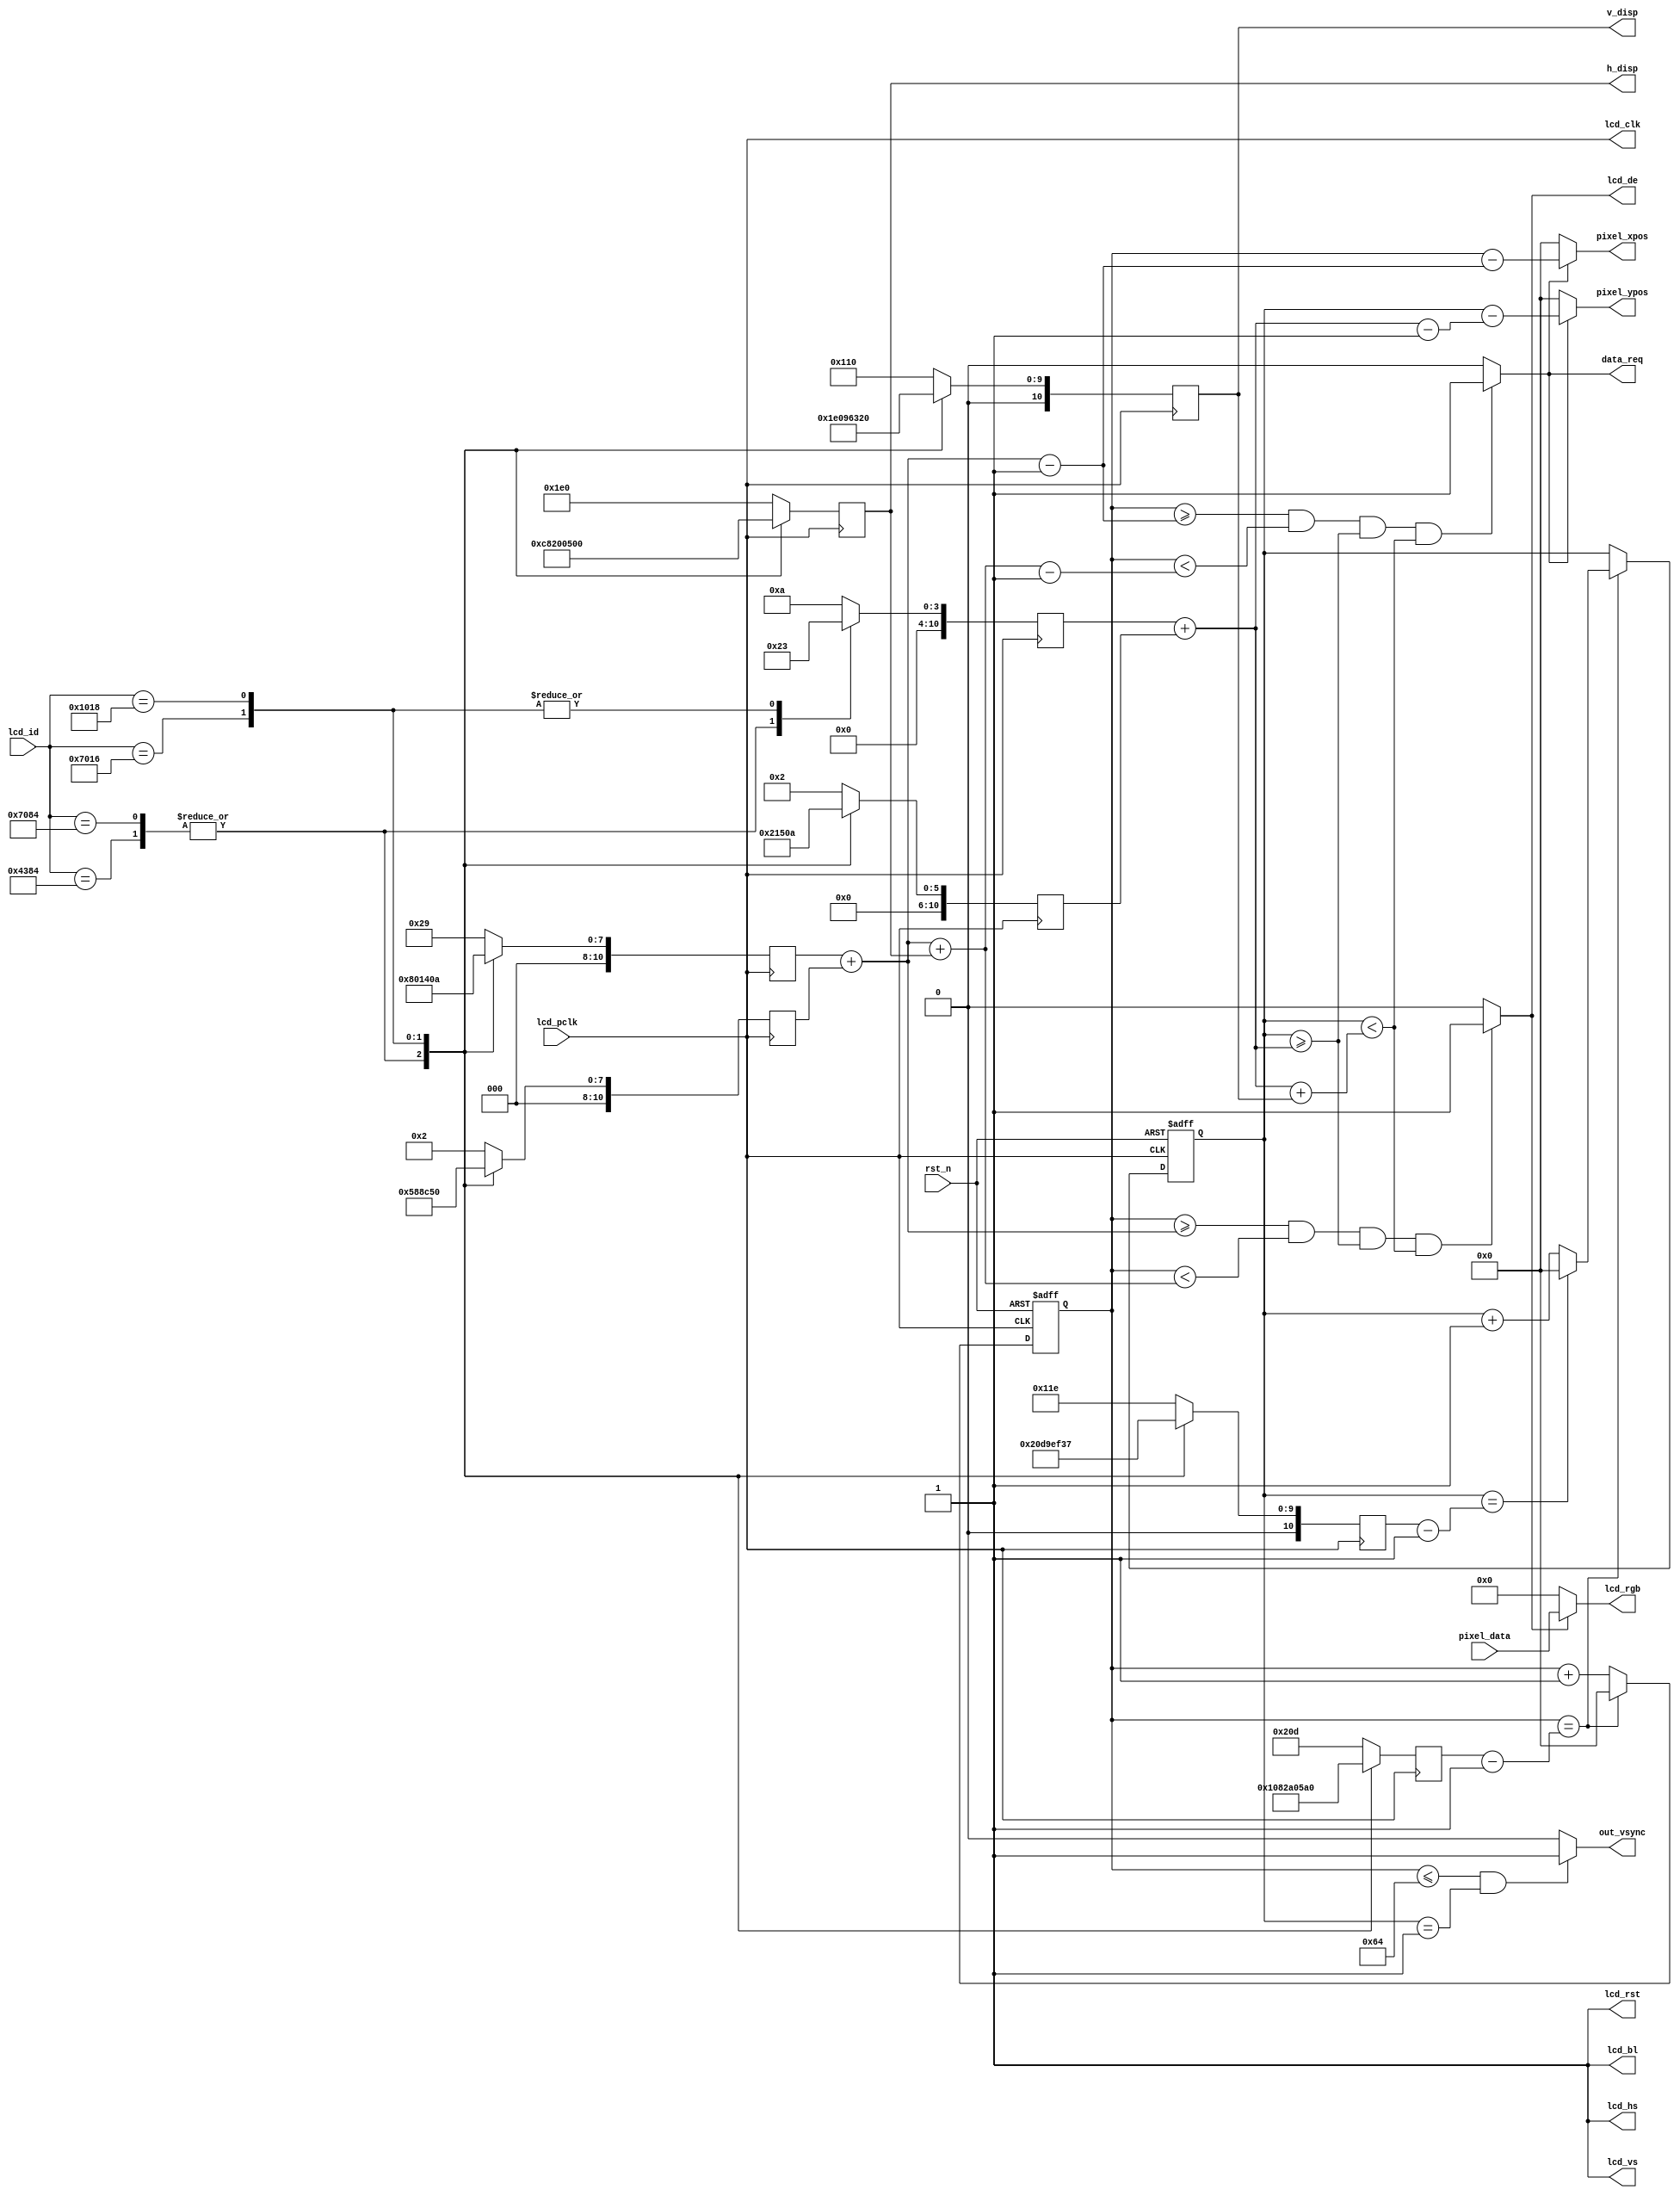
module lcd_driver(input lcd_pclk,           //SHIZHONG
                  input rst_n,              //fuwei
                  input [15:0] lcd_id,      //ID
                  input [15:0] pixel_data,  //xiangsu shuju
                  output wire data_req,
                  output [10:0] pixel_xpos, //dangqianxiangsu hengzuobiao
                  output [10:0] pixel_ypos, //dangqianxiangsu zongzuobiao
                  output reg [10:0] h_disp, //LCD shuipingfenbianlv
                  output reg [10:0] v_disp, //LCD chuizhifenbianlv
                  output wire out_vsync,
                  output lcd_de,            //LCD shineng
                  output lcd_hs,            //LCD hangtongbuxinhao
                  output lcd_vs,            //LCD changtongbuxinhao
                  output lcd_bl,            //LCD beiguangkongzhi xinhao
                  output lcd_clk,           //LCD xiangsu shizhong
                  output wire [15:0] lcd_rgb,    //LCD RGB888 data
                  output lcd_rst);
    
    //parameter define
    // 4.3' 480*272
    parameter H_SYNC_4342  = 11'd41;
    parameter H_BACK_4342  = 11'd2;
    parameter H_DISP_4342  = 11'd480;
    parameter H_FRONT_4342 = 11'd2;
    parameter H_TOTAL_4342 = 11'd525;
    
    parameter V_SYNC_4342  = 11'd10;
    parameter V_BACK_4342  = 11'd2;
    parameter V_DISP_4342  = 11'd272;
    parameter V_FRONT_4342 = 11'd2;
    parameter V_TOTAL_4342 = 11'd286;
    
    // 4.3' 800*480
    parameter H_SYNC_4384  = 11'd128;
    parameter H_BACK_4384  = 11'd88;
    parameter H_DISP_4384  = 11'd800;
    parameter H_FRONT_4384 = 11'd40;
    parameter H_TOTAL_4384 = 11'd1056;
    
    parameter V_SYNC_4384  = 11'd2;
    parameter V_BACK_4384  = 11'd33;
    parameter V_DISP_4384  = 11'd480;
    parameter V_FRONT_4384 = 11'd10;
    parameter V_TOTAL_4384 = 11'd525;
    
    // 7' 800*480
    parameter H_SYNC_7084  = 11'd128;
    parameter H_BACK_7084  = 11'd88;
    parameter H_DISP_7084  = 11'd800;
    parameter H_FRONT_7084 = 11'd40;
    parameter H_TOTAL_7084 = 11'd1056;
    
    parameter V_SYNC_7084  = 11'd2;
    parameter V_BACK_7084  = 11'd33;
    parameter V_DISP_7084  = 11'd480;
    parameter V_FRONT_7084 = 11'd10;
    parameter V_TOTAL_7084 = 11'd525;
    
    // 7' 1024*600
    parameter H_SYNC_7016  = 11'd20;
    parameter H_BACK_7016  = 11'd140;
    parameter H_DISP_7016  = 11'd1024;
    parameter H_FRONT_7016 = 11'd160;
    parameter H_TOTAL_7016 = 11'd1344;
    
    parameter V_SYNC_7016  = 11'd3;
    parameter V_BACK_7016  = 11'd20;
    parameter V_DISP_7016  = 11'd600;
    parameter V_FRONT_7016 = 11'd12;
    parameter V_TOTAL_7016 = 11'd635;
    
    // 10' 1280*800
    parameter H_SYNC_1018  = 11'd10;
    parameter H_BACK_1018  = 11'd80;
    parameter H_DISP_1018  = 11'd1280;
    parameter H_FRONT_1018 = 11'd70;
    parameter H_TOTAL_1018 = 11'd1440;
    
    parameter V_SYNC_1018  = 11'd3;
    parameter V_BACK_1018  = 11'd10;
    parameter V_DISP_1018  = 11'd800;
    parameter V_FRONT_1018 = 11'd10;
    parameter V_TOTAL_1018 = 11'd823;
    
    //reg define
    reg [10:0] h_sync;
    reg [10:0] h_back;
    reg [10:0] h_total;
    reg [10:0] v_sync;
    reg [10:0] v_back;
    reg [10:0] v_total;
    reg [10:0] h_cnt;
    reg [10:0] v_cnt;
    
    //wire define
    wire lcd_en;
    
    //----------------------START------------------------//
    
    //DE mode
    assign lcd_hs  = 1'b1;
    assign lcd_vs  = 1'b1;
    assign lcd_rst = 1'b1;
    assign lcd_bl  = 1'b1;
    assign lcd_clk = lcd_pclk;
    assign lcd_de  = lcd_en;
    
    assign lcd_en = ((h_cnt >= h_sync + h_back)&&(h_cnt < h_sync + h_back + h_disp)
    &&(v_cnt >= v_sync + v_back)&&(v_cnt < v_sync + v_back + v_disp)) 
    ? 1'b1 : 1'b0;

    assign data_req = ((h_cnt >= h_sync + h_back - 1'b1)&&(h_cnt < h_sync + h_back + h_disp - 1'b1)
    &&(v_cnt >= v_sync + v_back)&&(v_cnt < v_sync + v_back + v_disp))
    ? 1'b1 : 1'b0;

    //zuobiao

    assign pixel_xpos = data_req ? (h_cnt - (h_sync + h_back - 1'b1)) : 11'd0;
    assign pixel_ypos = data_req ? (v_cnt - (v_sync + v_back - 1'b1)) : 11'd0;

    assign out_vsync = ((h_cnt <= 100) && (v_cnt == 1)) ? 1'b1 : 1'b0;

    //rgb888 data output
    assign lcd_rgb = lcd_en ? pixel_data : 24'd0;

    always @(posedge lcd_pclk ) begin
        case(lcd_id)
            16'h4342:begin
                h_sync <= H_SYNC_4342;
                h_back <= H_BACK_4342;
                h_disp <= H_DISP_4342;
                h_total <= H_TOTAL_4342;
                v_sync <= V_SYNC_4342;
                v_back <= V_BACK_4342;
                v_disp <= V_DISP_4342;
                v_total <= V_TOTAL_4342; 
            end 
            16'h4384:begin
                h_sync <= H_SYNC_4384;
                h_back <= H_BACK_4384;
                h_disp <= H_DISP_4384;
                h_total <= H_TOTAL_4384;
                v_sync <= V_SYNC_4384;
                v_back <= V_BACK_4384;
                v_disp <= V_DISP_4384;
                v_total <= V_TOTAL_4384; 
            end
            16'h7084:begin
                h_sync <= H_SYNC_7084;
                h_back <= H_BACK_7084;
                h_disp <= H_DISP_7084;
                h_total <= H_TOTAL_7084;
                v_sync <= V_SYNC_7084;
                v_back <= V_BACK_7084;
                v_disp <= V_DISP_7084;
                v_total <= V_TOTAL_7084; 
            end
            16'h7016:begin
                h_sync <= H_SYNC_7016;
                h_back <= H_BACK_7016;
                h_disp <= H_DISP_7016;
                h_total <= H_TOTAL_7016;
                v_sync <= V_SYNC_7016;
                v_back <= V_BACK_7016;
                v_disp <= V_DISP_7016;
                v_total <= V_TOTAL_7016; 
            end
            16'h1018:begin
                h_sync <= H_SYNC_1018;
                h_back <= H_BACK_1018;
                h_disp <= H_DISP_1018;
                h_total <= H_TOTAL_1018;
                v_sync <= V_SYNC_1018;
                v_back <= V_BACK_1018;
                v_disp <= V_DISP_1018;
                v_total <= V_TOTAL_1018; 
            end
            default:begin
                h_sync <= H_SYNC_4342;
                h_back <= H_BACK_4342;
                h_disp <= H_DISP_4342;
                h_total <= H_TOTAL_4342;
                v_sync <= V_SYNC_4342;
                v_back <= V_BACK_4342;
                v_disp <= V_DISP_4342;
                v_total <= V_TOTAL_4342; 
            end
        endcase
    end
    
    //hang cnt
    always @(posedge lcd_pclk or negedge rst_n) begin
        if(!rst_n)
            h_cnt <= 11'd0;
        else begin
            if(h_cnt == h_total - 1'b1)
                h_cnt <= 11'd0;
            else
                h_cnt <= h_cnt + 1'b1;
        end
    end

    //chang cnt
    always @(posedge lcd_pclk or negedge rst_n) begin
        if(!rst_n)
            v_cnt <= 11'd0;
        else begin
            if(h_cnt == h_total - 1'b1) begin
                if(v_cnt == v_total - 1'b1)
                    v_cnt <= 11'd0;
                else
                    v_cnt <= v_cnt + 1'b1;
            end
        end
    end

endmodule